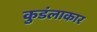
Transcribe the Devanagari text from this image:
कुडंलाकार